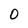
Character: 0